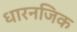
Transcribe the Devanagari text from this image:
धारनजिक